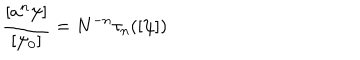
{ \frac { [ a ^ { n } \psi ] } { [ \psi _ { 0 } ] } } = N ^ { - n } \tau _ { n } ( [ \psi ] )